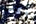
وكلا